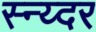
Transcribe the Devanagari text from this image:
स्न्य्दर